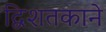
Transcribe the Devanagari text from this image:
द्विशतकाने